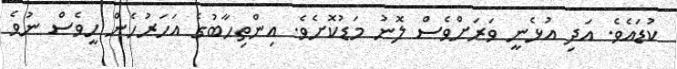
ކުޑައެވެ. އަދި އުޅެނީ ވަރަށްވެސް ލޮނު މަޑުކޮށެވެ. އިންތިހާބުގެ އަހަރުހެން ހީވެސް ނުވެ